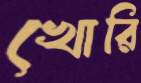
খোরি